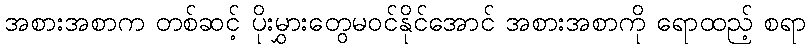
အစားအစာက တစ်ဆင့် ပိုးမွှားတွေမဝင်နိုင်အောင် အစားအစာကို ရောထည့် စရာ